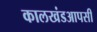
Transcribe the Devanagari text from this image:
कालखंडआपसी